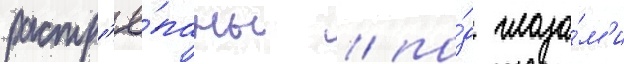
растр'ё́паны / по́д глаза́м'и